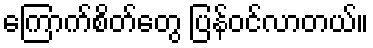
ကြောက်စိတ်တွေ ပြန်ဝင်လာတယ်။